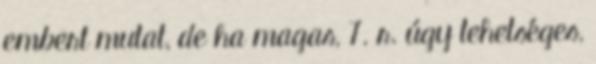
embert mutat, de ha magas, 7. r. úgy tehetséges,